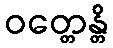
ဝတ္တေန္တိ